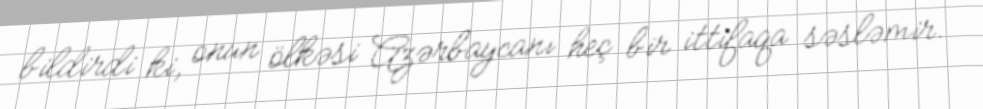
bildirdi ki, onun ölkəsi Azərbaycanı heç bir ittifaqa səsləmir.